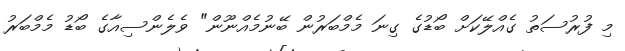
މި ފުރުސަތު ގެއްލޭކަށް ބޯޑުގެ ގިނަ މެމްބަރުން ބޭނުމެއްނޫން" ވެލެންސިއާގެ ބޯޑު މެމްބަރު